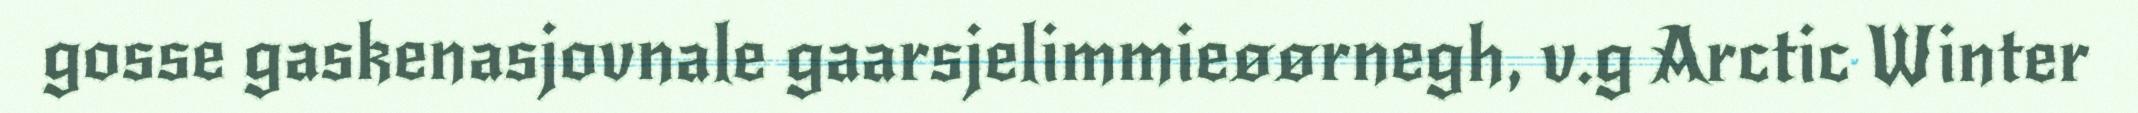
gosse gaskenasjovnale gaarsjelimmieøørnegh, v.g Arctic Winter